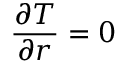
\frac { \partial T } { \partial r } = 0